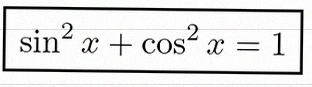
\sin^2x+\cos^2x=1